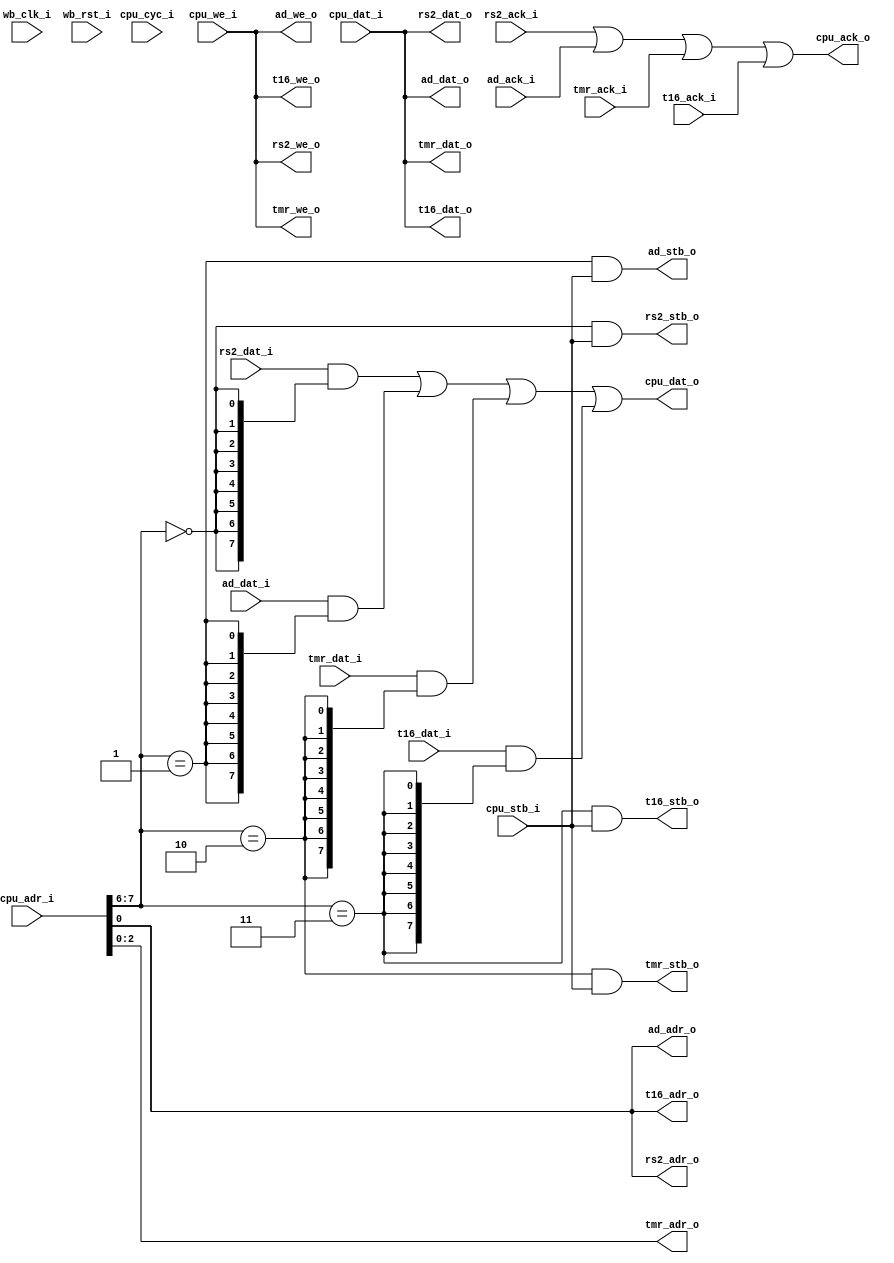
module WBDevIntercon
   (
    // WISHBONE master port(s)
    // cpu
    output [7:0] cpu_dat_o,
    output       cpu_ack_o,
    input  [7:0] cpu_dat_i,
    input        cpu_we_i,
    input  [7:0] cpu_adr_i,
    input        cpu_cyc_i,
    input        cpu_stb_i,
    // WISHBONE slave port(s)
    // rs2
    input  [7:0] rs2_dat_i,
    input        rs2_ack_i,
    output [7:0] rs2_dat_o,
    output       rs2_we_o,
    output [0:0] rs2_adr_o,
    output       rs2_stb_o,
    // ad
    input  [7:0] ad_dat_i,
    input        ad_ack_i,
    output [7:0] ad_dat_o,
    output       ad_we_o,
    output [0:0] ad_adr_o,
    output       ad_stb_o,
    // tmr
    input  [7:0] tmr_dat_i,
    input        tmr_ack_i,
    output [7:0] tmr_dat_o,
    output       tmr_we_o,
    output [2:0] tmr_adr_o,
    output       tmr_stb_o,
    // t16
    input  [7:0] t16_dat_i,
    input        t16_ack_i,
    output [7:0] t16_dat_o,
    output       t16_we_o,
    output [0:0] t16_adr_o,
    output       t16_stb_o,
    // Clock and reset
    input        wb_clk_i,
    input        wb_rst_i);

// Slave select
wire rs2_ss;
wire ad_ss;
wire tmr_ss;
wire t16_ss;

wire [7:0] adr;
assign adr=cpu_adr_i;
assign rs2_ss=adr[7:6]==2'b00;
assign ad_ss=adr[7:6]==2'b01;
assign tmr_ss=adr[7:6]==2'b10;
assign t16_ss=adr[7:6]==2'b11;
assign rs2_adr_o=adr[0:0];
assign ad_adr_o=adr[0:0];
assign tmr_adr_o=adr[2:0];
assign t16_adr_o=adr[0:0];

wire stb_m2s;
wire we_m2s;
wire ack_s2m;
wire [7:0] dat_m2s;
wire [7:0] dat_s2m;
// stb Master -> Slave [Selection]
assign stb_m2s=cpu_stb_i;
assign rs2_stb_o=rs2_ss & stb_m2s;
assign ad_stb_o=ad_ss & stb_m2s;
assign tmr_stb_o=tmr_ss & stb_m2s;
assign t16_stb_o=t16_ss & stb_m2s;
// we Master -> Slave
assign we_m2s=cpu_we_i;
assign rs2_we_o=we_m2s;
assign ad_we_o=we_m2s;
assign tmr_we_o=we_m2s;
assign t16_we_o=we_m2s;
// ack Slave -> Master
assign ack_s2m=rs2_ack_i | ad_ack_i | tmr_ack_i | t16_ack_i;
assign cpu_ack_o=ack_s2m;
// dat Master -> Slave
assign dat_m2s=cpu_dat_i;
assign rs2_dat_o=dat_m2s;
assign ad_dat_o=dat_m2s;
assign tmr_dat_o=dat_m2s;
assign t16_dat_o=dat_m2s;
// dat Slave -> Master [and/or]
assign dat_s2m=(rs2_dat_i & {8{rs2_ss}}) | (ad_dat_i & {8{ad_ss}}) | (tmr_dat_i & {8{tmr_ss}}) | (t16_dat_i & {8{t16_ss}});
assign cpu_dat_o=dat_s2m;

endmodule